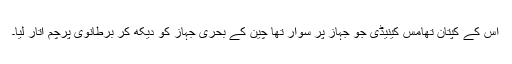
اس کے کپتان تھامس کینیڈی جو جہاز پر سوار تھا چین کے بحری جہاز کو دیکھ کر برطانوی پرچم اتار لیا۔